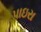
પાઇરા